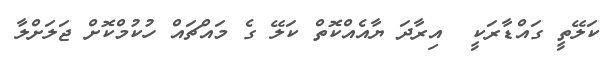
ކަލޭތީ ގައްޑާރަކީ  އިރާދަ ޔާއެއްކޮތް ކަލޭ ގެ މައްޗައް ހުކުމްކޮށް ޖަލަށްލާ